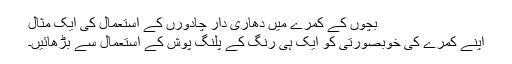
بچوں کے کمرے میں دھاری دار چادورں کے استعمال کی ایک مثال
اپنے کمرے کی خوبصورتی کو ایک ہی رنگ کے پلنگ پوش کے استعمال سے بڑھائیں۔